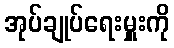
အုပ်ချုပ်ရေးမှူးကို